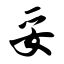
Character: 妥